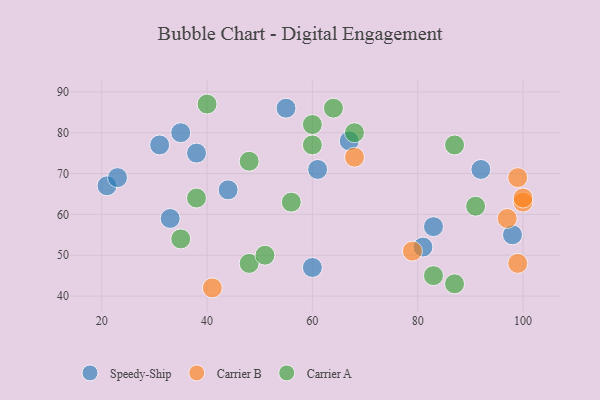
{"axis": {"x": "GDP", "y": "Life Expectancy"}, "legend": ["Carrier A", "Carrier B", "Speedy-Ship"], "data": [{"x": "31", "y": 77, "type": "Speedy-Ship"}, {"x": "55", "y": 86, "type": "Speedy-Ship"}, {"x": "81", "y": 52, "type": "Speedy-Ship"}, {"x": "67", "y": 78, "type": "Speedy-Ship"}, {"x": "98", "y": 55, "type": "Speedy-Ship"}, {"x": "92", "y": 71, "type": "Speedy-Ship"}, {"x": "83", "y": 57, "type": "Speedy-Ship"}, {"x": "21", "y": 67, "type": "Speedy-Ship"}, {"x": "35", "y": 80, "type": "Speedy-Ship"}, {"x": "61", "y": 71, "type": "Speedy-Ship"}, {"x": "60", "y": 47, "type": "Speedy-Ship"}, {"x": "44", "y": 66, "type": "Speedy-Ship"}, {"x": "33", "y": 59, "type": "Speedy-Ship"}, {"x": "38", "y": 75, "type": "Speedy-Ship"}, {"x": "23", "y": 69, "type": "Speedy-Ship"}, {"x": "41", "y": 42, "type": "Carrier B"}, {"x": "97", "y": 59, "type": "Carrier B"}, {"x": "100", "y": 63, "type": "Carrier B"}, {"x": "99", "y": 69, "type": "Carrier B"}, {"x": "68", "y": 74, "type": "Carrier B"}, {"x": "100", "y": 64, "type": "Carrier B"}, {"x": "99", "y": 48, "type": "Carrier B"}, {"x": "79", "y": 51, "type": "Carrier B"}, {"x": "35", "y": 54, "type": "Carrier A"}, {"x": "40", "y": 87, "type": "Carrier A"}, {"x": "48", "y": 48, "type": "Carrier A"}, {"x": "64", "y": 86, "type": "Carrier A"}, {"x": "87", "y": 43, "type": "Carrier A"}, {"x": "51", "y": 50, "type": "Carrier A"}, {"x": "48", "y": 73, "type": "Carrier A"}, {"x": "68", "y": 80, "type": "Carrier A"}, {"x": "60", "y": 77, "type": "Carrier A"}, {"x": "60", "y": 82, "type": "Carrier A"}, {"x": "38", "y": 64, "type": "Carrier A"}, {"x": "83", "y": 45, "type": "Carrier A"}, {"x": "56", "y": 63, "type": "Carrier A"}, {"x": "91", "y": 62, "type": "Carrier A"}, {"x": "87", "y": 77, "type": "Carrier A"}]}